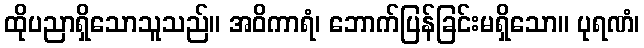
ထိုပညာရှိသောသူသည်။ အဝိကာရံ၊ ဘောက်ပြန်ခြင်းမရှိသော။ ပုရဏံ၊